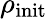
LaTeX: \rho_{\mathrm{init}}